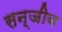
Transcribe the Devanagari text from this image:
सन्जीव